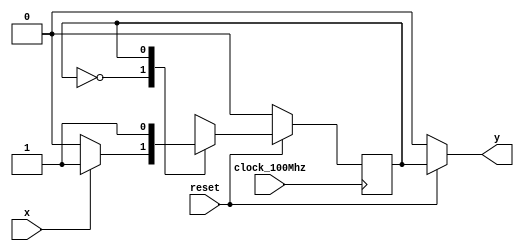
`timescale 1ns / 1ps
//////////////////////////////////////////////////////////////////////////////////
// Company: 
// Engineer: 
// 
// Design Name: 
// Module Name: fsm_for_stay
// Project Name: 
// Target Devices: 
// Tool Versions: 
// Description: 
// 
// Dependencies: 
// 
// Revision:
// Revision 0.01 - File Created
// Additional Comments:
// 
//////////////////////////////////////////////////////////////////////////////////


module fsm_for_stay(
    input clock_100Mhz, x, reset,
    output y
    );
    reg current = 0;
    reg next = 0;
    assign y = (~reset)?0:current;
    always @(posedge clock_100Mhz) current <= next;
    always @(*) begin
        if (~reset) next = 0;
        else begin
            case(current)
                1'b0: begin
                    if (x) next = 1;
                    else next = 0;
                end
                1'b1: next = 1;
            endcase
        end
    end
endmodule